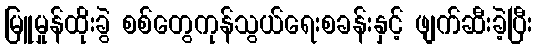
မြူမှုန်ထိုးခွဲ စစ်တွေကုန်သွယ်ရေးစခန်းနှင့် ဖျက်ဆီးခဲ့ပြီး